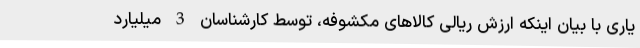
یاری با بیان اینکه ارزش ریالی کالاهای مکشوفه، توسط کارشناسان 3 میلیارد